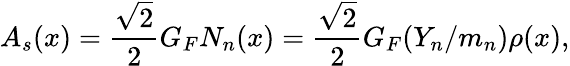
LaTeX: A_{s}(x)={\frac{\sqrt{2}}{2}}G_{F}N_{n}(x)={\frac{\sqrt{2}}{2}}G_{F}(Y_{n}/m_{n})\rho(x),